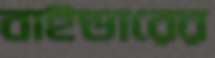
বাইন্ডারের